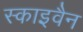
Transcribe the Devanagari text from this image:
स्काइवैन